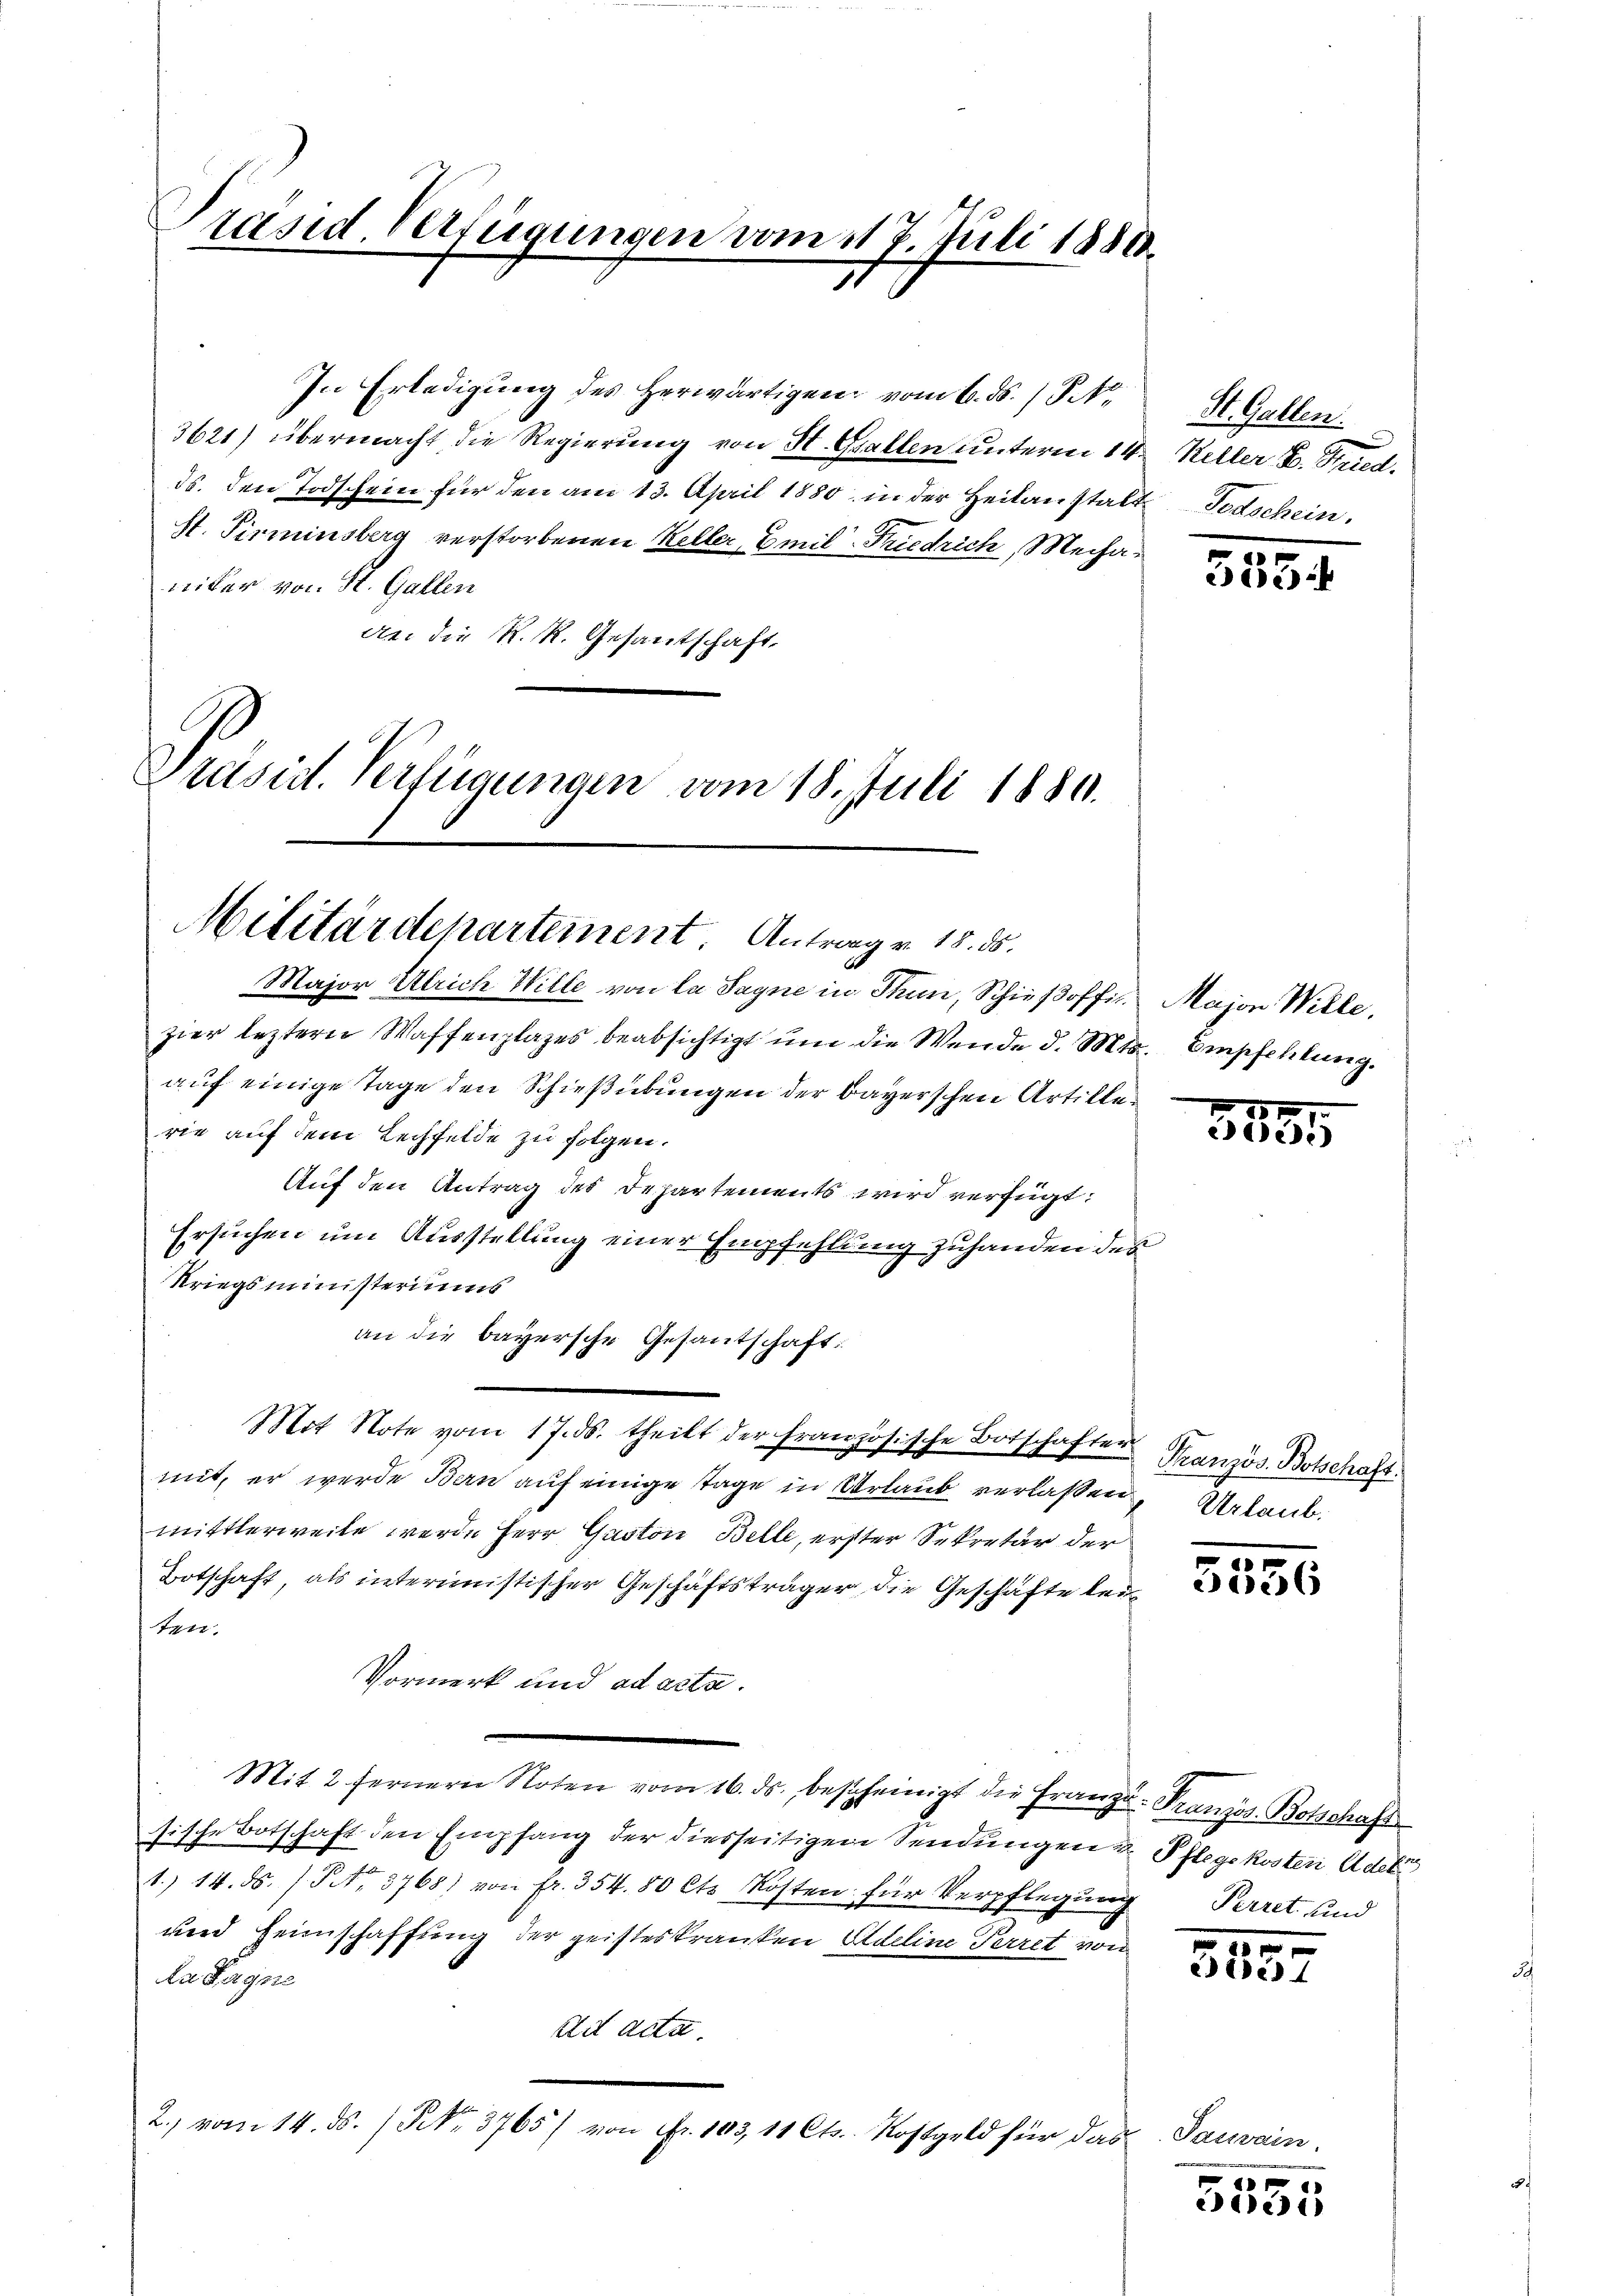
räsid. Verfügungen vom 117. Juli 18800.
7

In Erledigŭng des herwärtigen vom 6. ds. / Sk. St. Gallen.
3621) übermacht die Regierung von St. Gallen unterm 14. Keller B. Fried.
ds. den Todschein für den am 13. April 1880 in der Heilanstalt Todschein.
St. Pirminsberg verstorbenen Keller, Emil Friedrich, Mechaniter von St. Gallen
An die R. R. Gesantschaft,
Präsid. Verfügungen vom 18. Juli 1880.

Militärdepartement. Antrag v. 18. ds.

Major Ulrich Wille von la Sagne in Thun, Schieβoffiz. Major Wille,
zier lezterer Waffenplazes beabsichtigt um die Wende d. Mts. Empfehlung.
auf einige Tage den Schießübungen der Bayerschen Artillerie auf dem Lechfelde zu folgen.
Auf den Antrag des Departements wird verfügt:
Ersuchen um Ausstellung einer Empfehlung zuhanden des
Kriegsministeriums
an die bayersche Gesantschaft:
Mot Note vom 17. ds. theilt der Französische Botschaften Französ. Botschaft.
mit, er werde Bern auf einige Tage in Urlaub verlassen
mittlerweile werde Herr Gaston Belle, erster Sekretär der
Botschaft, als interimistischer Geschäftsträger die Geschäfte leiten.
Vormerk und ad acta.
Mit 2 fernern Noten vom 16. ds. bescheinigt die Franze Französ. Botschaft
sische Botschaft den Empfang der diesseitigen Sendungen u. Pflegekosten Adeli
1. 14. ds. (S. 3768) von fr. 354.80 Cts. Kosten für Verpflegung
und Heimschaffung der geisteskranken Adeline Perret von
Ra Sagne
ad acta.
2.) vom 14. ds. / NNo. 3765/ von Fr. 103, 11 Cts. Kostgeld für das Sauvain.

555.

r
2e)

Urlaub.

5556

Perret und

d
ele

g
e